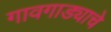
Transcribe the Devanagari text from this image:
गावगाड्याचे